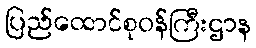
ပြည်ထောင်စုဝန်ကြီးဌာန